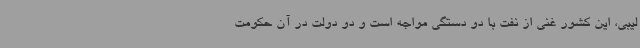
لیبی، این کشور غنی از نفت با دو دستگی مواجه است و دو دولت در آن حکومت